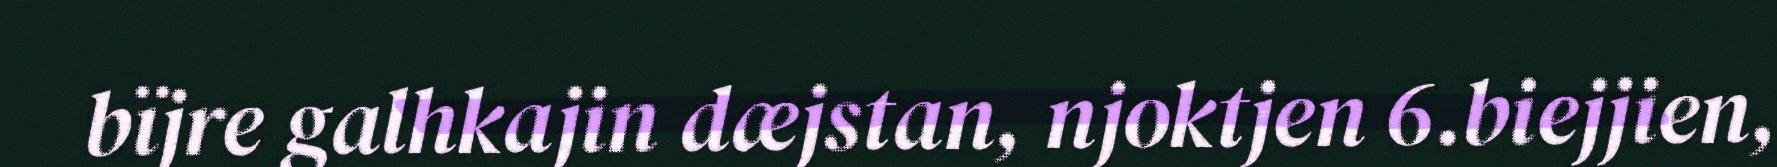
bïjre galhkajin dæjstan, njoktjen 6.biejjien,